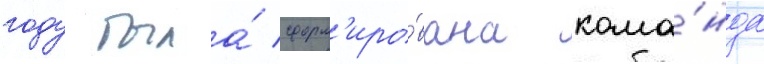
году была́ сформ'иро́вана кома́нда